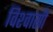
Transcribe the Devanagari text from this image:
विश्‍वासी